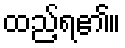
ထည့်ရ၏။